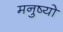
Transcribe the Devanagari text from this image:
मनुष्‍यो